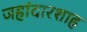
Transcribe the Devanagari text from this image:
जहांदारशाह